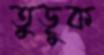
তুড়ুক